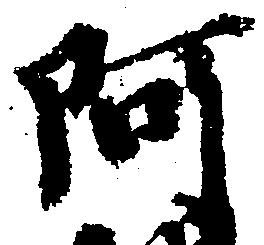
阿